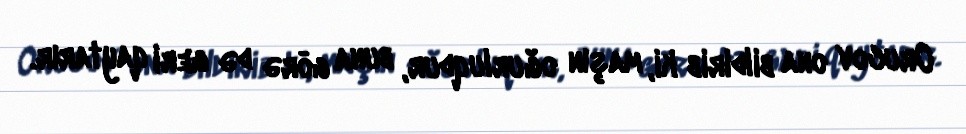
Orucov ona bildirib ki, maşın oğurluqdur, buna görə də geri qaytarır.